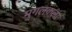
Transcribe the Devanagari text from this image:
मुगलकला